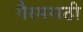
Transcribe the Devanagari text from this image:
गैरमराठी